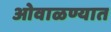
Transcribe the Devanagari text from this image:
ओवाळण्यात